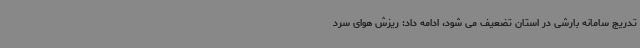
تدریج سامانه بارشی در استان تضعیف می شود، ادامه داد: ریزش هوای سرد